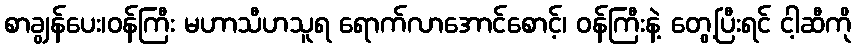
စာချွန်ပေး၊ဝန်ကြီး မဟာသီဟသူရ ရောက်လာအောင်စောင့်၊ ဝန်ကြီးနဲ့ တွေ့ပြီးရင် ငါ့ဆီကို